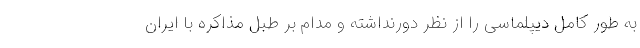
به طور کامل دیپلماسی را از نظر دورنداشته و مدام بر طبل مذاکره با ایران